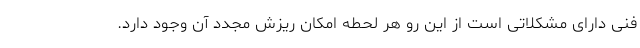
فنی دارای مشکلاتی است از این رو هر لحطه امکان ریزش مجدد آن وجود دارد.